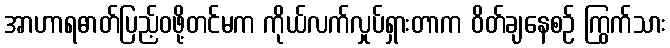
အာဟာရဓာတ်ပြည့်ဝဖို့တင်မက ကိုယ်လက်လှုပ်ရှားတာက ဝိတ်ချနေစဉ် ကြွက်သား